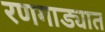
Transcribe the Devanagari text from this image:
रणगाड्यात